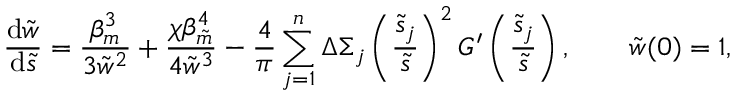
\frac { \mathrm { d } \tilde { w } } { \mathrm { d } \tilde { s } } = \frac { \beta _ { m } ^ { 3 } } { 3 \tilde { w } ^ { 2 } } + \frac { \chi \beta _ { \tilde { m } } ^ { 4 } } { 4 \tilde { w } ^ { 3 } } - \frac { 4 } { \pi } \sum _ { j = 1 } ^ { n } \Delta \Sigma _ { j } \left( \frac { \tilde { s } _ { j } } { \tilde { s } } \right) ^ { 2 } G ^ { \prime } \left( \frac { \tilde { s } _ { j } } { \tilde { s } } \right) , \qquad \tilde { w } ( 0 ) = 1 ,